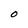
Character: O